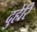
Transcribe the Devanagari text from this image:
दुहेरि